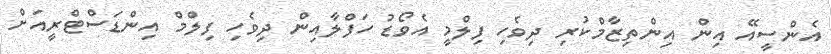
އެންސީއޭ އިން އިންތިޒާމްކުރި ދިވެހި ފިލްމީ އެވޯޑު ހަފްލާއިން ދިވެހި ފިލްމް އިންޑަސްޓްރީއަށް